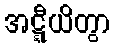
အဋ္ဋီယိတွာ